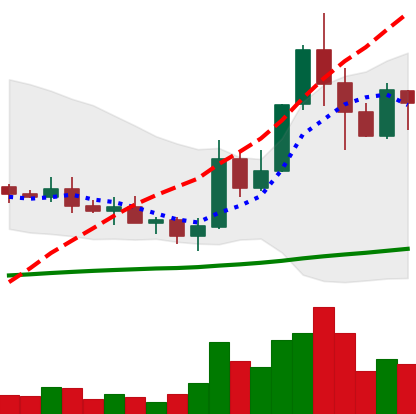
Ticker: ADA-USD
Chart end date: 2019-05-20
Forward return: -5.122%
Label: down_5_7